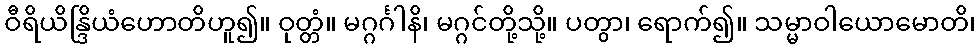
ဝီရိယိန္ဒြိယံဟောတိဟူ၍။ ဝုတ္တံ။ မဂ္ဂင်္ဂါနိ၊ မဂ္ဂင်တို့သို့။ ပတွာ၊ ရောက်၍။ သမ္မာဝါယောမောတိ၊